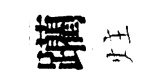
躪炷